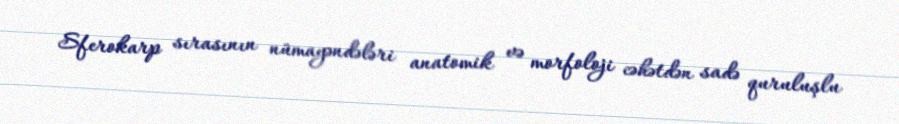
Sferokarp sırasının nümayəndələri anatomik və morfoloji cəhətdən sadə quruluşlu